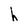
Character: h